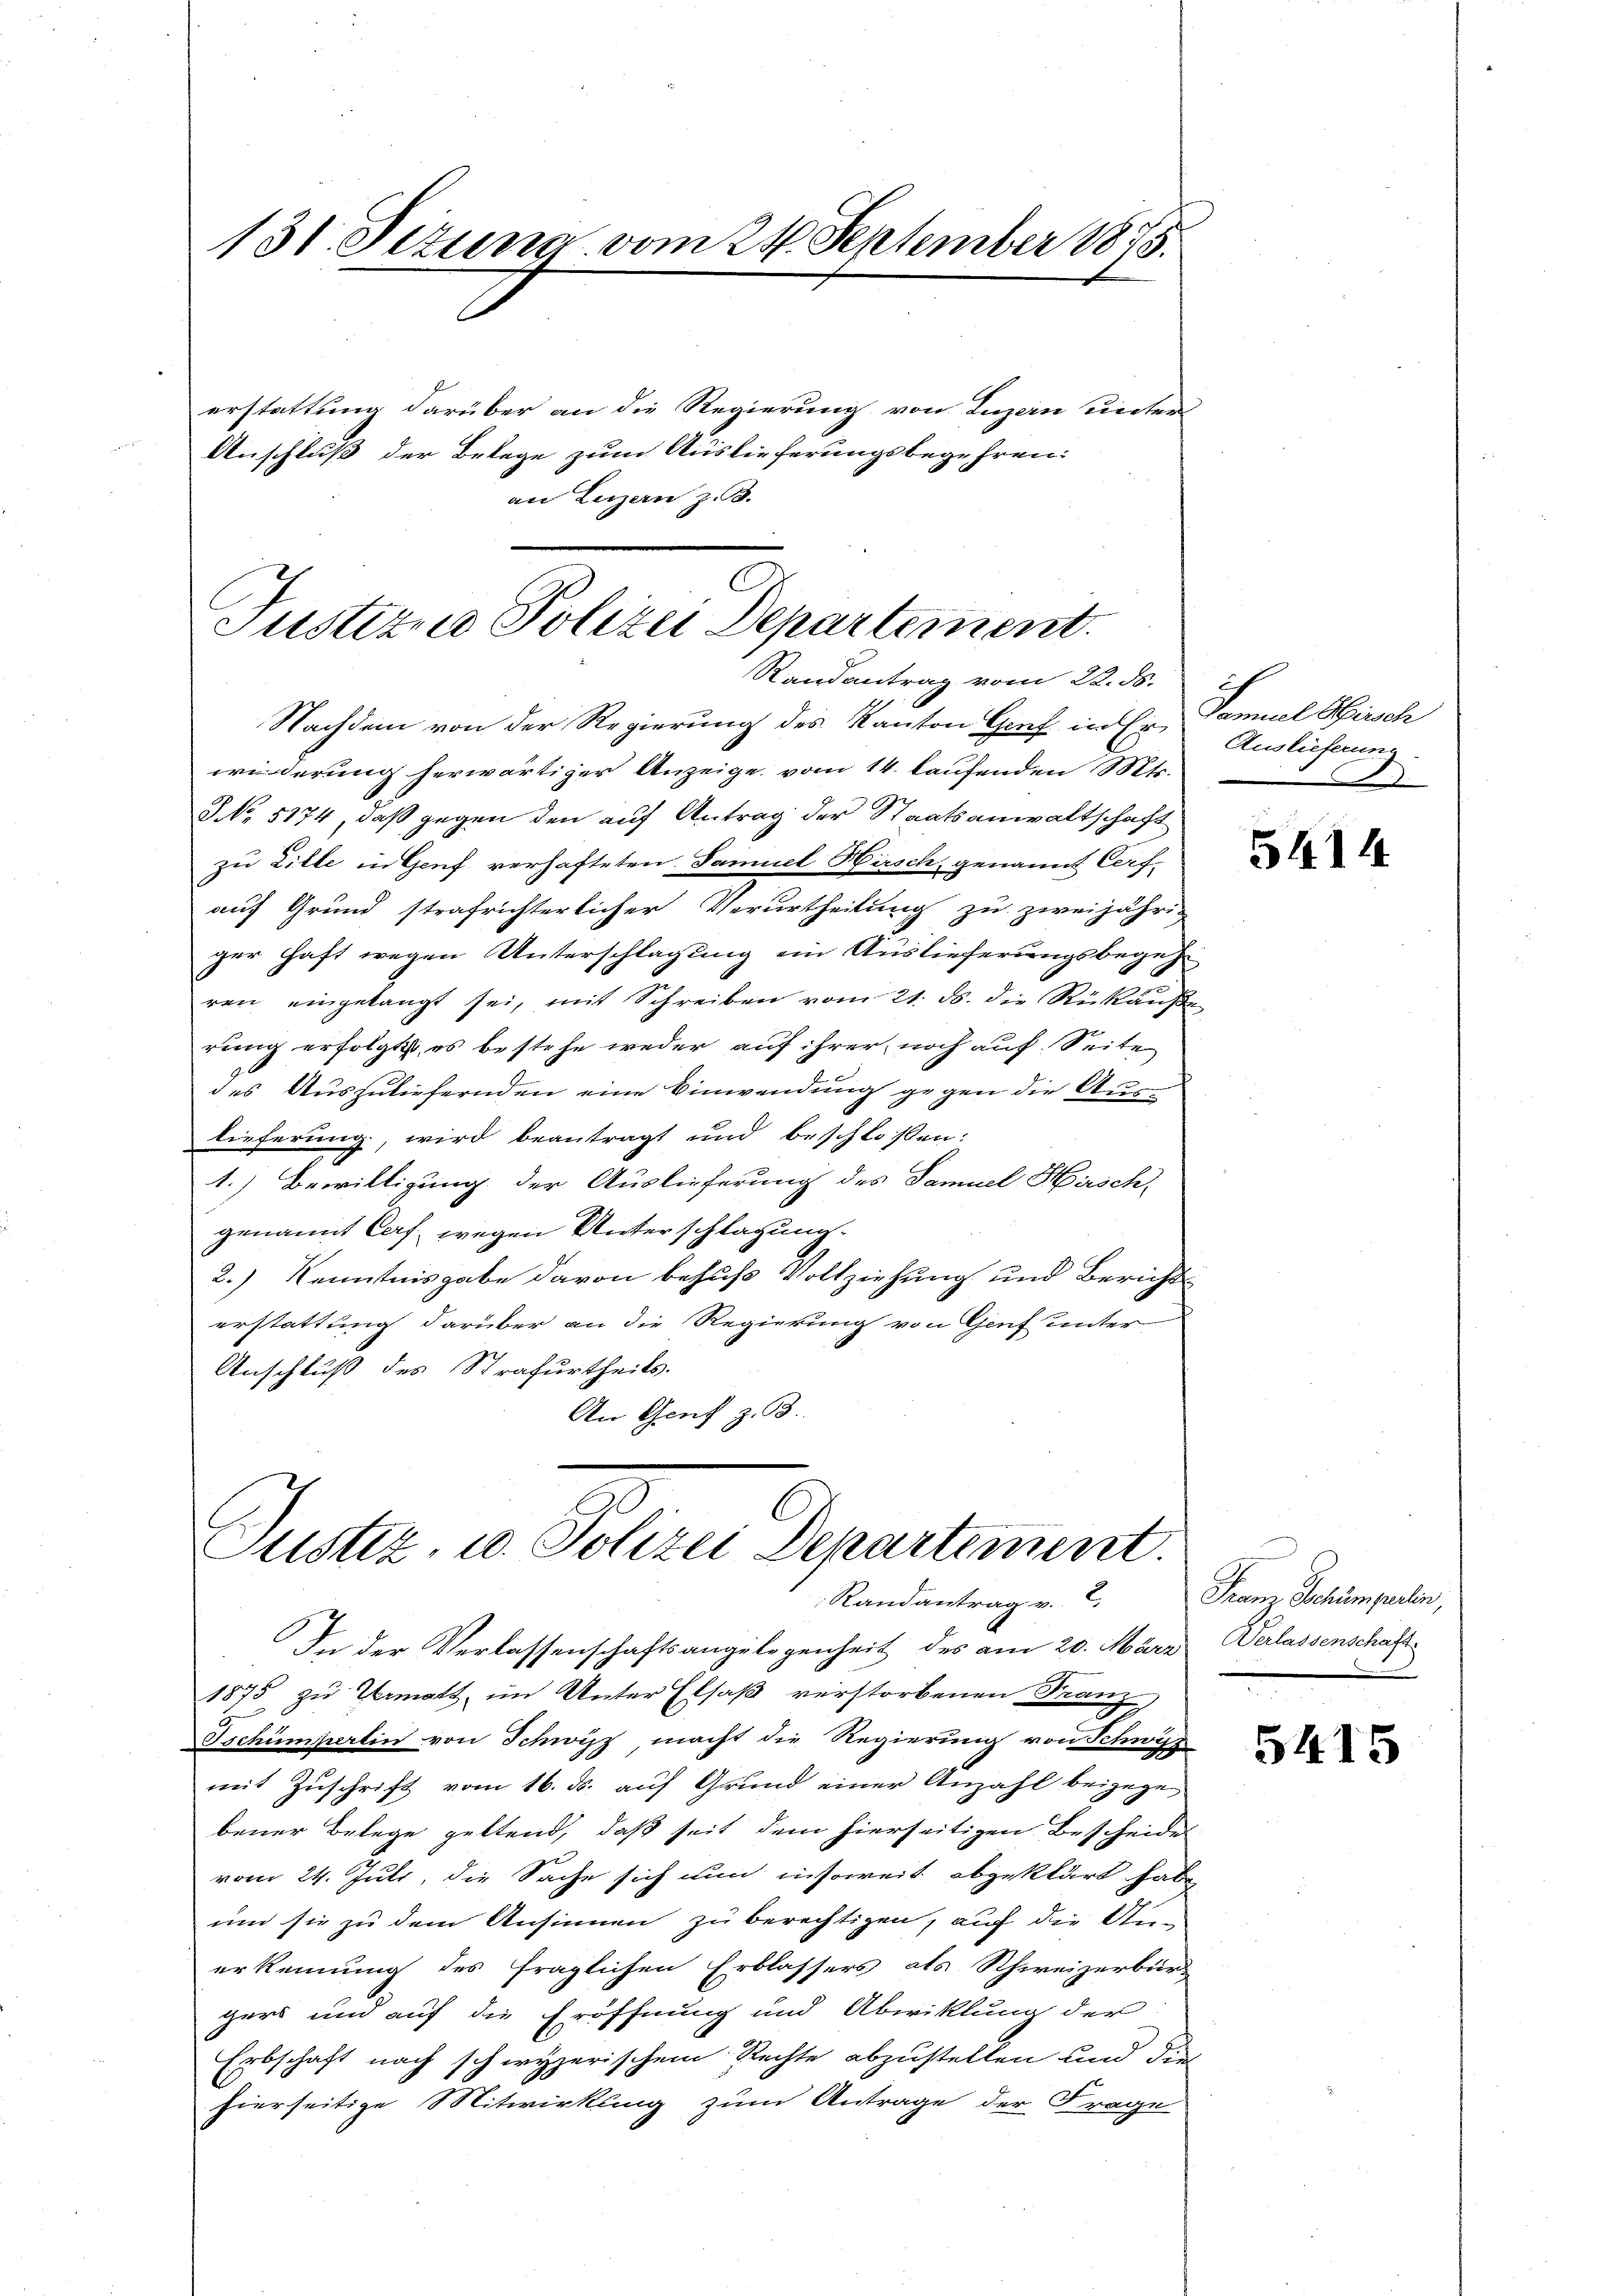
131. Sezuna vom 24. September 1875.

erstattung darüber an die Regierung von Luzern unter
Anschluß der Belege zum Auslieferungsbegehren:
an Luzern z. B.

Justizen Polizei Departement.

Justiz, u. Polizei Departement.
Randantrag v. 2.

Randantrag vom 22. ds.
Nachdem von der Regierung des Kanton Genf in Er Auslieferung
widerung herwärtiger Anzeige vom 14. laufenden Mts.
NNo. 5174, daß gegen den auf Antrag der Staatsanwaltschaft
zu Zille in Genf verhafteten Samuel Hirsch, genannt Corf-
auf Grund strafrichterlicher Verurtheilung zu zweijährig
ger haft wegen Unterschlagung ein Auslieferungsbegehren eingelangt sei, mit Schreiben vom 21. ds. die Rückäuße
rung erfolgt, es bestehe weder auf ihrer noch auf Seite
des Auszuliefernden eine Einwendung gegen die Aus-
lieferung, wird beantragt und beschlossen:
1.) Bewilligung der Auslieferung des Samuel Hirsch
genannt Caf, wegen Unterschlagung.
2.) Kenntnisgabe davon behuf Vollziehung und Berichts
erstattung darüber an die Regierung von Genf unter
Anschluß des Strafurtheils.
An Genf z. B.

In der Verlassenschaftsangelegenheit des am 20. März Verlassenschaft
1875 zu Ermatt im Unter Elsaß verstorbenen Franz
Tschümpertin von Schwyz macht die Regierung von Schwyz
mit Zuschrift vom 16. ds. auf Grund einer Anzahl beizuge
bener Belege geltend, daß seit dem hierseitigen Bescheides
vom 24. Juli, die Sache sich nun insoweit abgeklärt habe
um sie zu dem Ansinnen zu berechtigen, auf die Auerkennung des fraglichen Erblassers als Schweizerbür-
gers und auf die Eröffnung und Abwiklung der
Erbschaft nach schwyzerischem Rechte abzustellen und dies
hierseitige Mitwirkling zum Antrage der Frage

g
Samuel Hirsch
d

5414

Franz Schumperten,

5415